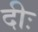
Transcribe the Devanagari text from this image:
दीः